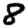
Digit: 8